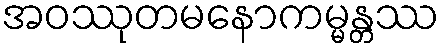
အဝဿုတမနောကမ္မန္တဿ